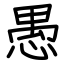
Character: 愚